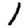
Digit: 1